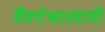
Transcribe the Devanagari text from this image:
वैंक्टेश्वरस्वामी